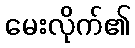
မေးလိုက်၏